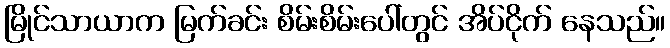
မြိုင်သာယာက မြက်ခင်း စိမ်းစိမ်းပေါ်တွင် အိပ်ငိုက် နေသည်။